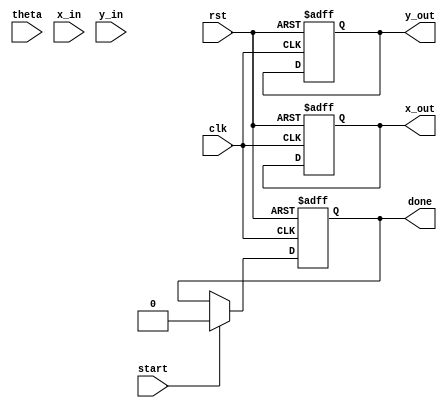
module cordic (
    input wire clk,             // Clock signal
    input wire rst,             // Reset signal
    input wire start,           // Start signal
    input wire signed [15:0] theta, // Input angle in fixed-point representation
    input wire signed [15:0] x_in,   // Input X coordinate
    input wire signed [15:0] y_in,   // Input Y coordinate
    output reg signed [15:0] x_out,  // Output X coordinate (cos())
    output reg signed [15:0] y_out,  // Output Y coordinate (sin())
    output reg done             // Done signal
);

    // Parameters
    parameter N = 16; // Number of iterations
    parameter FIXED_POINT_SCALE = 16'h10000; // Scale factor for fixed-point representation (2^16)

    // CORDIC gain angles (atan(2^-i) for i = 0 to N-1)
    reg signed [15:0] atan_table [0:N-1];
    initial begin
        atan_table[0] = 16'h2000; // atan(1) in fixed-point
        atan_table[1] = 16'h1000; // atan(0.5)
        atan_table[2] = 16'h0800; // atan(0.25)
        atan_table[3] = 16'h0400; // atan(0.125)
        atan_table[4] = 16'h0200; // atan(0.0625)
        atan_table[5] = 16'h0100; // atan(0.03125)
        // Continue filling the table...
    end

    // Internal registers
    reg signed [15:0] x, y;
    reg signed [15:0] z;
    reg [3:0] iteration; // Current iteration count

    // State machine
    always @(posedge clk or posedge rst) begin
        if (rst) begin
            x <= 0;
            y <= 0;
            z <= 0;
            iteration <= 0;
            done <= 0;
            x_out <= 0;
            y_out <= 0;
        end else if (start) begin
            // Initialize values
            x <= x_in;
            y <= y_in;
            z <= theta;
            iteration <= 0;
            done <= 0;
        end else if (iteration < N) begin
            // CORDIC rotation logic
            if (z >= 0) begin
                // Rotate clockwise
                x <= x - (y >>> iteration);
                y <= y + (x >>> iteration);
                z <= z - atan_table[iteration];
            end else begin
                // Rotate counter-clockwise
                x <= x + (y >>> iteration);
                y <= y - (x >>> iteration);
                z <= z + atan_table[iteration];
            end
            iteration <= iteration + 1;
        end else if (iteration == N) begin
            // Final scaling
            x_out <= x * FIXED_POINT_SCALE / 16'h1C74; // Scale by K factor
            y_out <= y * FIXED_POINT_SCALE / 16'h1C74; // Scale by K factor
            done <= 1; // Indicate completion
        end
    end
endmodule